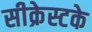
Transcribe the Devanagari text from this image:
सीक्रेस्टके